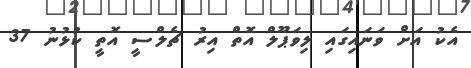
އެކު އަށް ވަނައިގައި ލިވަޕޫލް އޮތް އިރު ޗެލްސީ އޮތީ ކުޅުނު 37